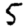
Digit: 5